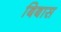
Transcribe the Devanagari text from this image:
बिबास